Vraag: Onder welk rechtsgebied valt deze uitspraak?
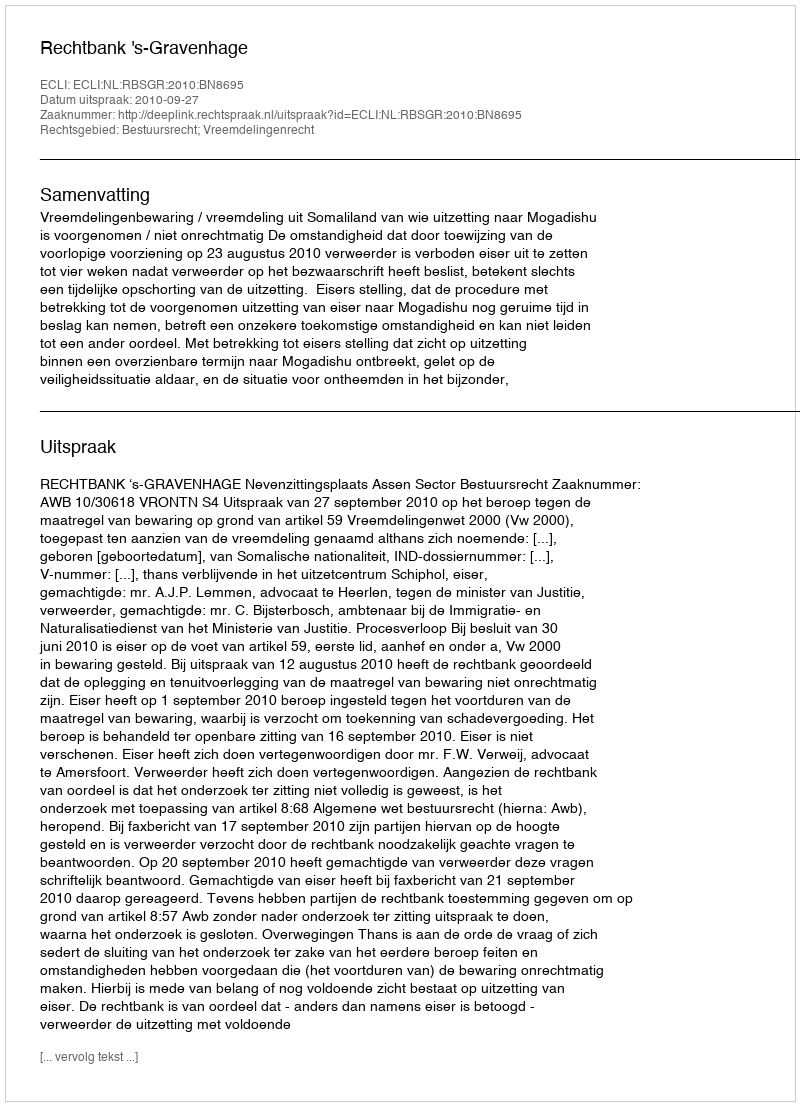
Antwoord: Bestuursrecht; Vreemdelingenrecht